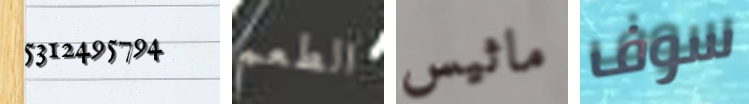
5312495794 الطعم ماثيس سوف